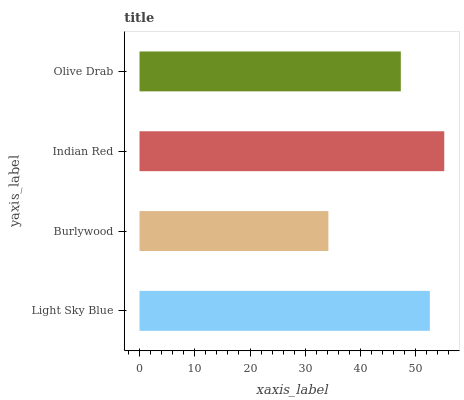
| yaxis_label | bars |
 | --- | --- |
 | Light Sky Blue | 52.6 |
 | Burlywood | 34.2 |
 | Indian Red | 55.2 |
 | Olive Drab | 47.3 |